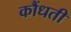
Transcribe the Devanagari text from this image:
कौंधती